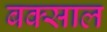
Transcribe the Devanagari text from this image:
बक्साल